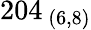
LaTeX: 204_{\ (6,8)}